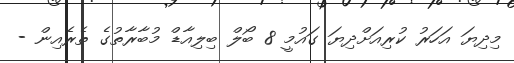
މިދިޔަ އަހަރު ކުރިއަށްދިޔަ ގައުމީ 8 ބޯލް ބިލިއާޑް މުބާރާތުގެ ތެރެއިން -